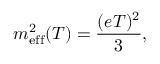
m _ { \mathrm { e f f } } ^ { 2 } ( T ) = \frac { ( e T ) ^ { 2 } } { 3 } ,